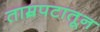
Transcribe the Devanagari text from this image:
ताम्रपटातून